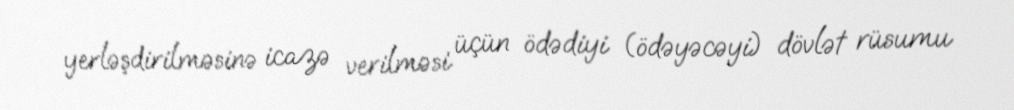
yerləşdirilməsinə icazə verilməsi üçün ödədiyi (ödəyəcəyi) dövlət rüsumu